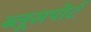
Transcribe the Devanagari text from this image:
ब्लूसपोर्ट